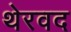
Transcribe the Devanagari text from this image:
थेरवद